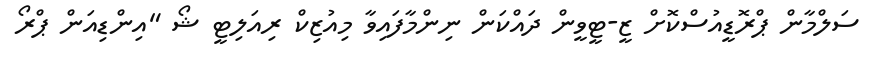
ސަލްމާން ޕްރޮޑީއުސްކޮށް ޒީ-ޓީވީން ދައްކަން ނިންމާފައިވާ މިއުޒިކް ރިއަލިޓީ ޝޯ "އިންޑިއަން ޕްރޯ